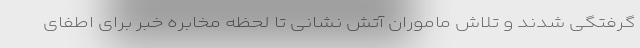
گرفتگی شدند و تلاش ماموران آتش نشانی تا لحظه مخابره خبر برای اطفای